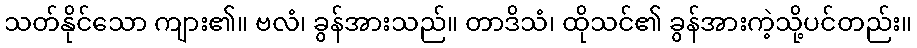
သတ်နိုင်သော ကျား၏။ ဗလံ၊ ခွန်အားသည်။ တာဒိသံ၊ ထိုသင်၏ ခွန်အားကဲ့သို့ပင်တည်း။